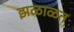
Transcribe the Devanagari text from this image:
झळाळत